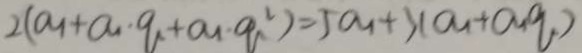
2 ( a _ { 1 } + a _ { 1 } \cdot q + a _ { 1 } \cdot q ^ { 2 } ) = 5 a _ { 1 } + 3 ( a _ { 1 } + a _ { 1 } q )